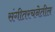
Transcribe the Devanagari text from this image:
संगीतरचनेतील